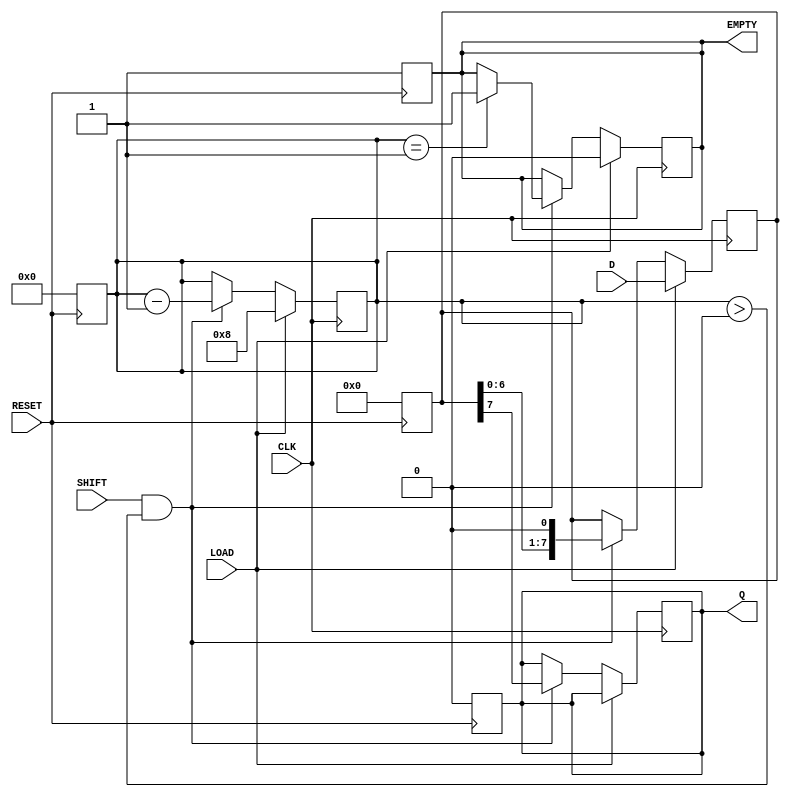
module PISO_Register (
    input wire [7:0] D,       // Parallel Data Input
    input wire CLK,           // Clock
    input wire LOAD,          // Load Control Signal
    input wire SHIFT,         // Shift Control Signal
    input wire RESET,         // Asynchronous Reset
    output reg Q,             // Serial Data Output
    output reg EMPTY          // Status Signal: Indicates when the register is empty
);

    reg [7:0] shift_reg;      // Internal shift register
    reg [3:0] bit_count;      // Counter for the number of bits shifted out

    // Asynchronous reset
    always @(posedge RESET) begin
        shift_reg <= 8'b0;     // Clear the shift register
        Q <= 1'b0;             // Clear the output
        bit_count <= 4'b0;     // Reset bit count
        EMPTY <= 1'b1;         // Register is empty
    end

    // Main operation
    always @(posedge CLK) begin
        if (LOAD) begin
            shift_reg <= D;     // Load parallel data into the shift register
            bit_count <= 4'd8;  // Set bit count to the width of the register
            EMPTY <= 1'b0;      // Register is not empty
        end else if (SHIFT && bit_count > 0) begin
            Q <= shift_reg[7];  // Output the MSB of the shift register
            shift_reg <= shift_reg << 1; // Shift left
            bit_count <= bit_count - 1; // Decrement bit count
            if (bit_count == 1) begin
                EMPTY <= 1'b1;  // Register is empty after last bit is shifted out
            end
        end
    end

endmodule